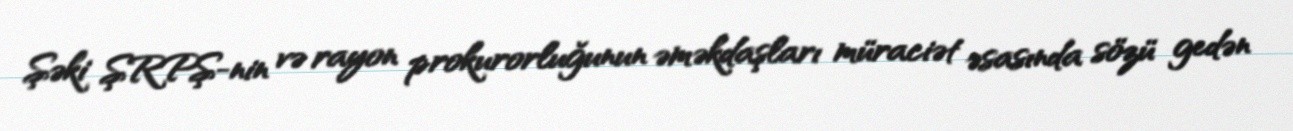
Şəki ŞRPŞ-nin və rayon prokurorluğunun əməkdaşları müraciət əsasında sözü gedən